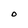
Character: O